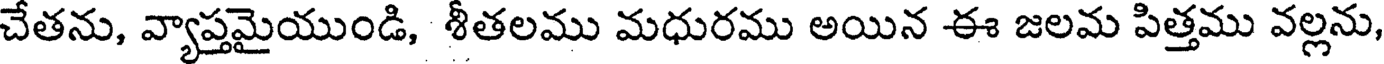
చేతను, వ్యాప్తమైయుండి, శీతలము మధురము అయిన ఈ జలమ పిత్తము వల్లను